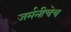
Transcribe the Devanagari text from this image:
जर्मनीचेच